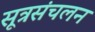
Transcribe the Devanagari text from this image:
सूत्रसंचलन